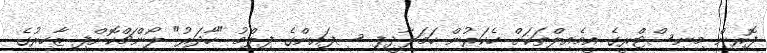
ފޮރިން މިނިސްޓްރީގެ އީމެއިލްތަކަށް ހެކަރުން ހަމަލާދީފި ސިފައިންގެ ފިލްމު "ހާދަރު" ލޯންޗްކޮށްފި ޒާހިރުގެ